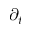
\partial _ { t }